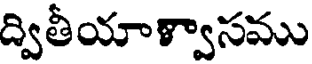
ద్వితీయాళ్వాసము